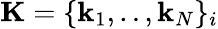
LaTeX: \mathbf{K}=\{ \mathbf{k}_{1},..,\mathbf{k}_{N}\} _{i}